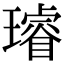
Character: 璿